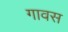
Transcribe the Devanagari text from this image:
गावस